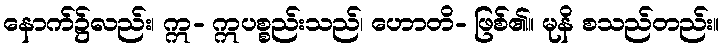
နောက်၌လည်း၊ ဣ- ဣပစ္စည်းသည်၊ ဟောတိ- ဖြစ်၏။ မုနိ စသည်တည်း။